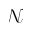
\mathcal { N }